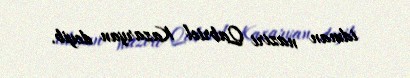
idman naziri Qabriel Kazaryan deyib.